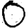
Digit: 0